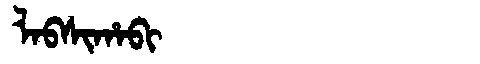
Manchu: ᠯᠠᠪᠰᡳᡥᠠᠪᡳ
Romanization: LABSIHABI